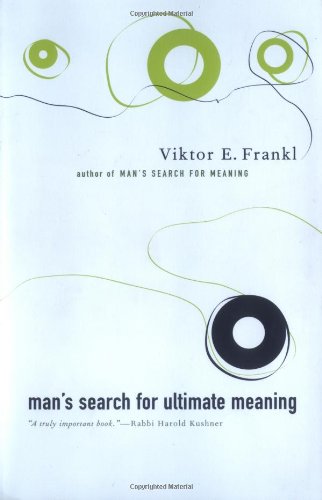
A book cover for Man's Search For Ultimate Meaning; Viktor E. Frankl; Religion & Spirituality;